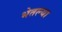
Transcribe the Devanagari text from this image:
भेतल्या